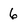
Character: 6